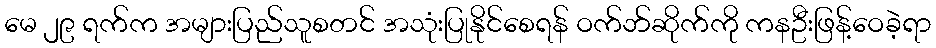
မေ ၂၉ ရက်က အများပြည်သူစတင် အသုံးပြုနိုင်စေရန် ဝက်ဘ်ဆိုက်ကို ကနဦးဖြန့်ဝေခဲ့ရာ